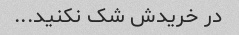
در خریدش شک نکنید...